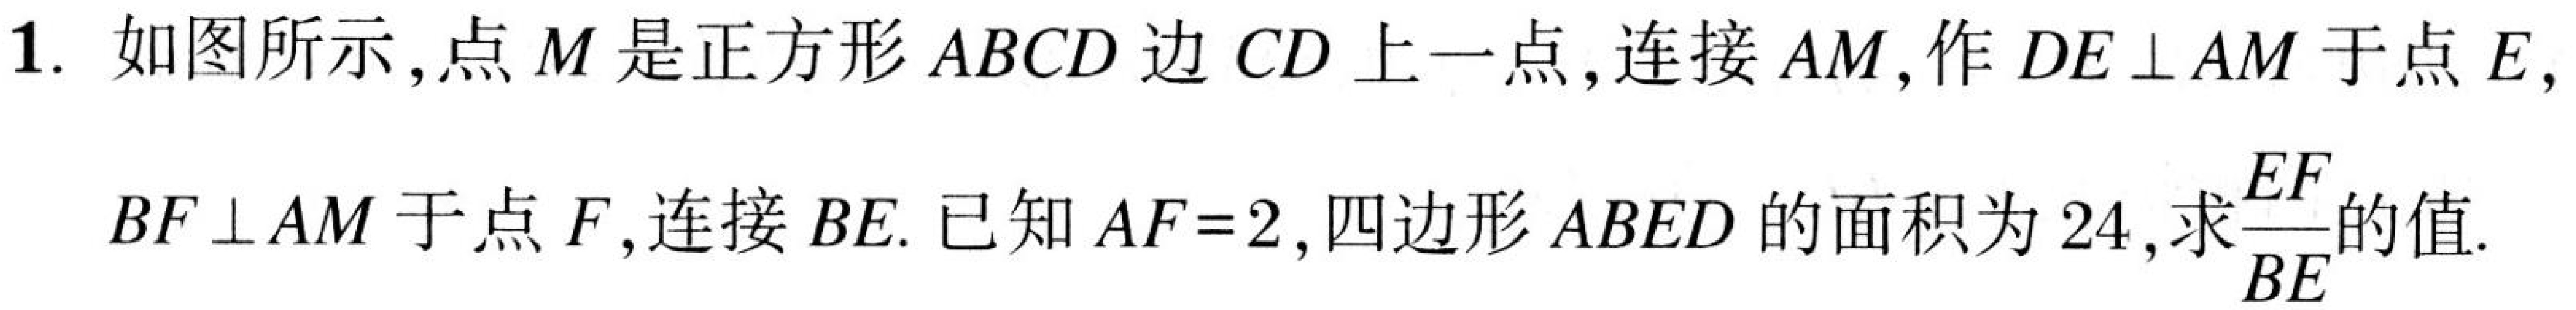
1. 如图所示，点\(M\)是正方形\(ABCD\)边\(CD\)上一点，连接\(AM\)，作\(DE\perp AM\)于点\(E\)，
\(BF\perp AM\)于点\(F\)，连接\(BE\). 已知\(AF = 2\)，四边形\(ABED\)的面积为\(24\)，求\(\frac{EF}{BE}\)的值.